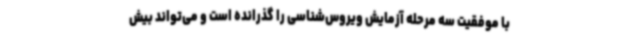
با موفقیت سه مرحله آزمایش ویروس‌شناسی را گذرانده است و می‌تواند بیش